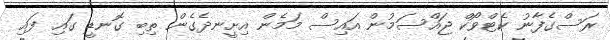
ރަސްގެފާނު ކެޓްވޯކް ޖައްސަމުން އައިސް މަމެން އިށީނދެގެން ތިބި ގޮނޑީ ގައި ފައި